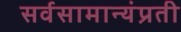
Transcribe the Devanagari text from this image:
सर्वसामान्यंप्रती